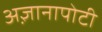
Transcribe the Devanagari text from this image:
अ़ज्ञानापोटी